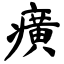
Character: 癀